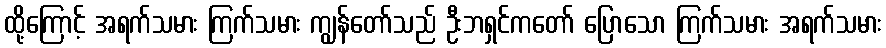
ထို့ကြောင့် အရက်သမား ကြက်သမား ကျွန်တော်သည် ဦးဘရှင်ကတော် ပြောသော ကြက်သမား အရက်သမား